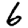
Digit: 6